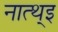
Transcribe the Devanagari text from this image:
नात्थ्इ